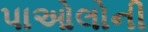
પાઓલોની